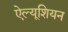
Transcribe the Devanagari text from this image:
ऐल्यूशियन